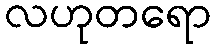
လဟုတရော